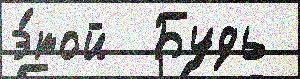
э́той  Будь